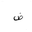
Letter: _dad